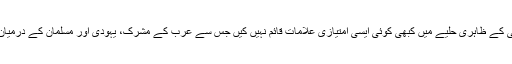
اسی طرح آپ نے پہلی مسلم کمیونٹی کے ظاہری حلیے میں کبھی کوئی ایسی امتیازی علامات قائم نہیں کیں جس سے عرب کے مشرک، یہودی اور مسلمان کے درمیان ظاہری فرق کاحصول ممکن ہو تا۔